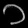
Digit: ၁